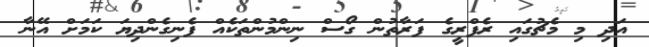
އަދި މި މެޗުގައި ރެފްރީގެ ފަރާތުން ގޯސް ނިންމުންތަކެއް ފެނިގެންދިޔަ ކަަމަށް އޭނާ